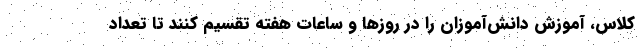
کلاس، آموزش دانش‌آموزان را در روز‌ها و ساعات هفته تقسیم کنند تا تعداد